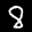
Label: 8